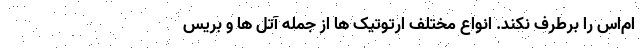
ام‌اس را برطرف نکند. انواع مختلف ارتوتیک ها از جمله آتل ها و بریس